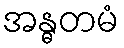
အန္ဓတမံ